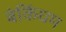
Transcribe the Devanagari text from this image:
बंकिंघम